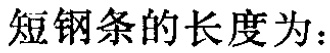
短钢条的长度为：